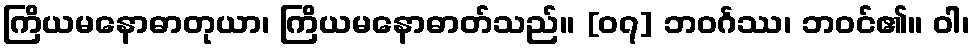
ကြိယမနောဓာတုယာ၊ ကြိယမနောဓာတ်သည်။ [၀၇] ဘဝင်္ဂဿ၊ ဘဝင်၏။ ဝါ၊